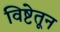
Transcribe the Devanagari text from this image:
विष्टेतून